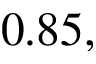
0 . 8 5 ,